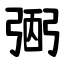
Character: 弻